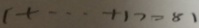
1 + \cdots + 1 7 = 8 1